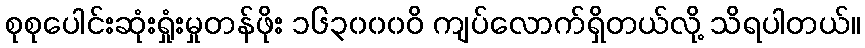
စုစုပေါင်းဆုံးရှုံးမှုတန်ဖိုး ၁၆၃၀၀၀ဝိ ကျပ်လောက်ရှိတယ်လို့ သိရပါတယ်။